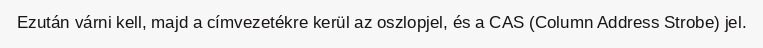
Ezután várni kell, majd a címvezetékre kerül az oszlopjel, és a CAS (Column Address Strobe) jel.